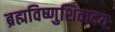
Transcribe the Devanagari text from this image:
ब्रह्मविष्णुशिवादयः